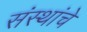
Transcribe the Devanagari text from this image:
संंस्थांचे